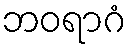
ဘဝရာဂံ